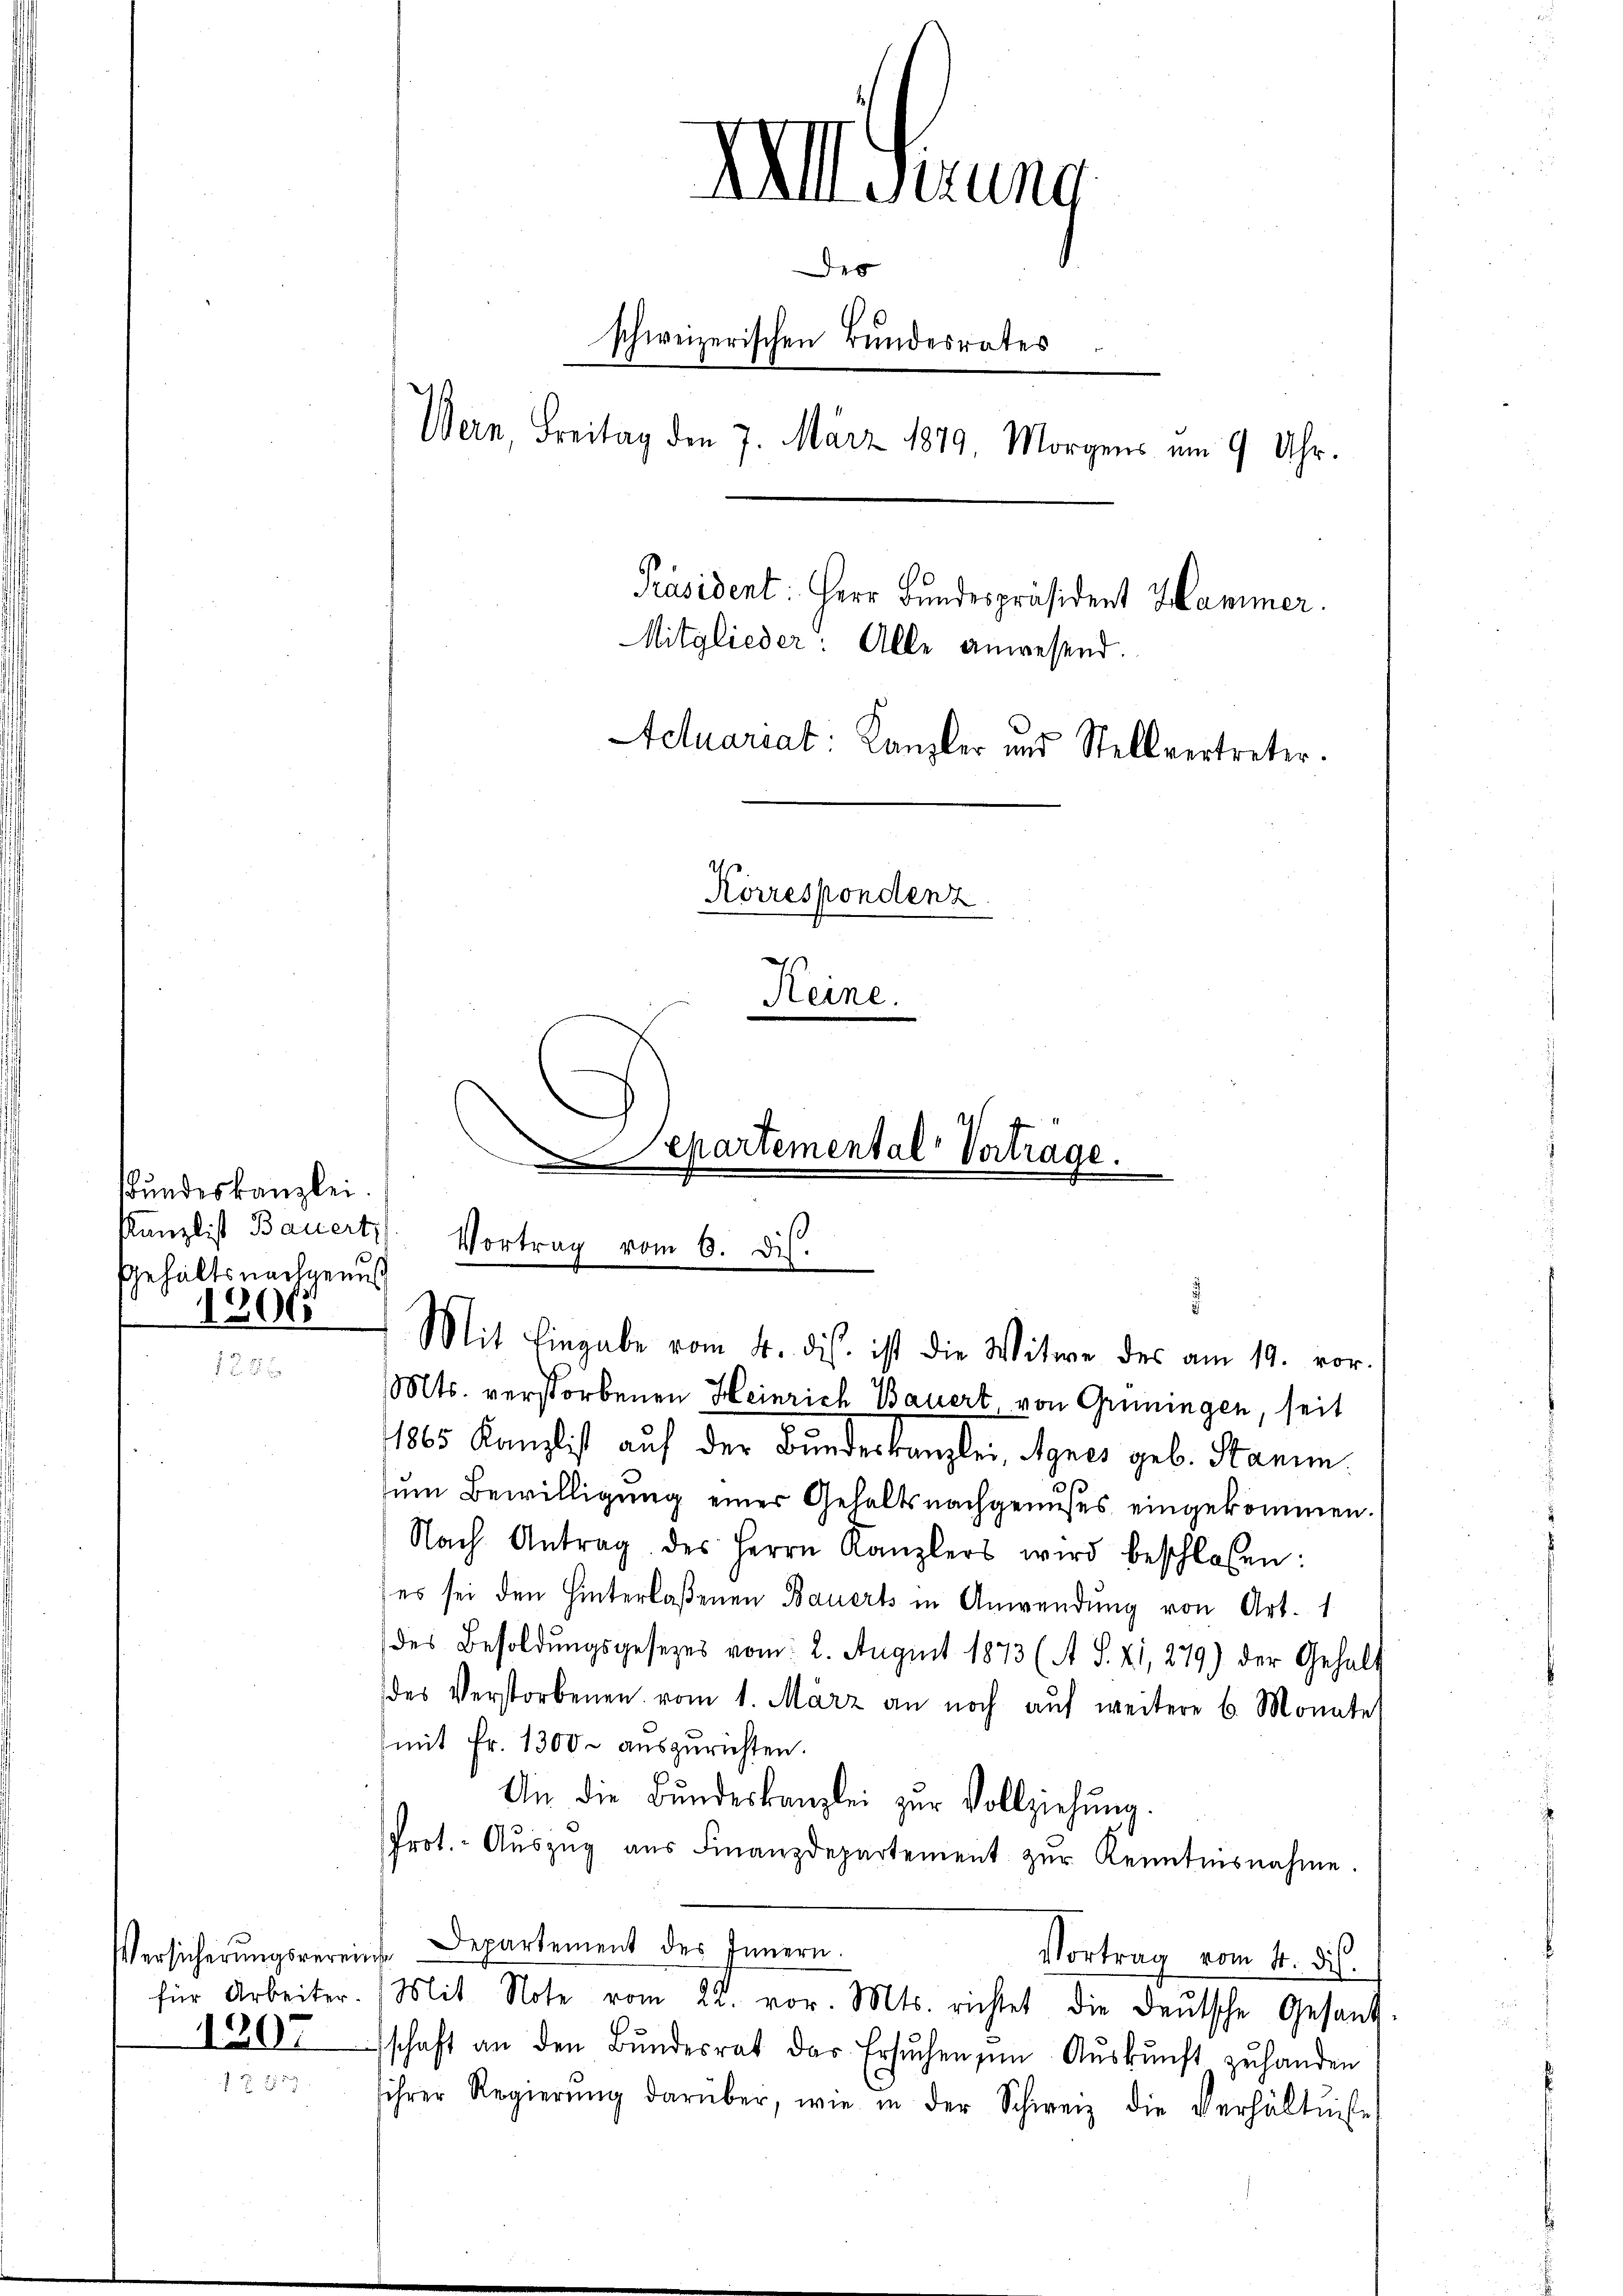
Bundeskanzlei.
Kanzlist Bauert,
Gehaltsnachgenuß
1206

1207

XII. Jung
des
schweizerischen Bundesrates
Wern, Freitag den 7. März 1879. Morgens am 9 Uhr.
Präsident: Herr Bundespräsident Hammer.
Mitglieder: Alle anwesend.
Actuariat: Kanzler und Stellvertreter.
Korrespondenz.
Keine

Separtemental Vertrage.
Vortrag vom 6. ds.
Mit Eingabe vom 4. ds. ist die Witwe des am 19. vor.

Mts. verstorbenen Heinrich Bauert, von Grüningen, seit
1865 Kanzlist auf der Bundeskanzlei, Agnes geb. Stamm
zum Bewilligung einer Gehaltsnachgenusses eingekommen.
Nach Antrag des Herrn Kanzlers wird beschlossen:
es sei den Hinterlaßenen Bauert in Anwendung von Art. 1
des Besoldungsgesezes vom 2. August 1873 (A S. 21, 279) der Gehalt
des Verstorbenen vom 1. März an noch auf weitere 6 Monate
mit Fr. 1300 auszurichten.
An die Bŭndeskanzlei zŭr Vollziehung.
Prot. Aŭszŭg aŭs Finanzdepartement zŭr Kenntnisnahme.
Versicherŭngsvereins. Departement des Innern.
Vortrag vom 4. ds.
für Arbeiter. Mit Note vom 22. vor. Mts. richtet die deŭtsche Gesand
schaft an den Bŭndesrat der Ersuchen in Aŭskŭnft zŭ handen
ihrer Regierŭng darüber, wie in der Schweiz die Verhältnis